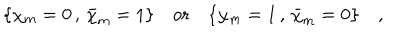
\{ \chi _ { m } = 0 \, , \, \bar { \chi } _ { m } = 1 \} \quad { \mathrm { o r } } \quad \{ \chi _ { m } = 1 \, , \, \bar { \chi } _ { m } = 0 \} \quad ,